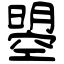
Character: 曌